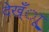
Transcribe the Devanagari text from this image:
देख्ँाू